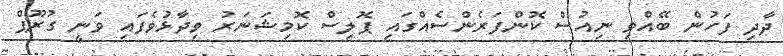
ދާދި ފަހުން ބޭއްވި ނިއުސް ކޮންފަރެންސެއްގައި ޕޮލިސް ކޮމިޝަނަރު ވިދާޅުވެފައި ވަނީ ގުރޫޕް